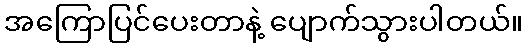
အကြောပြင်ပေးတာနဲ့ ပျောက်သွားပါတယ်။